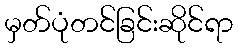
မှတ်ပုံတင်ခြင်းဆိုင်ရာ